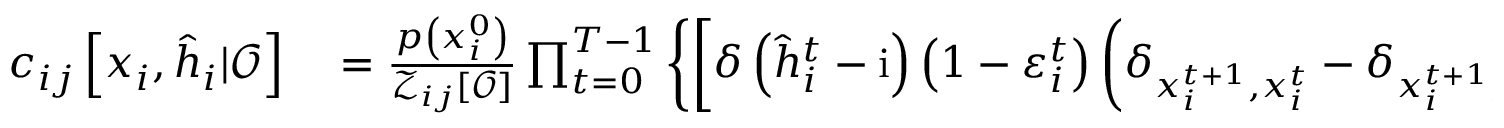
\begin{array} { r l } { c _ { i j } \left[ \boldsymbol { x } _ { i } , \hat { \boldsymbol { h } } _ { i } | \boldsymbol { \mathcal { O } } \right] } & { { } = \frac { p \left( x _ { i } ^ { 0 } \right) } { \mathcal { Z } _ { i j } [ \boldsymbol { \mathcal { O } } ] } \prod _ { t = 0 } ^ { T - 1 } \left\{ \left[ \delta \left( \hat { h } _ { i } ^ { t } - \mathrm { i } \right) \left( 1 - \varepsilon _ { i } ^ { t } \right) \left( \delta _ { x _ { i } ^ { t + 1 } , x _ { i } ^ { t } } - \delta _ { x _ { i } ^ { t + 1 } , 1 } \right) + \delta \left( \hat { h } _ { i } ^ { t } \right) \delta _ { x _ { i } ^ { t + 1 } , 1 } \right] p \left( { O } _ { i } ^ { t } | x _ { i } ^ { t } \right) \right\} } \end{array}